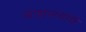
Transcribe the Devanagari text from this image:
मंत्रालयांचे